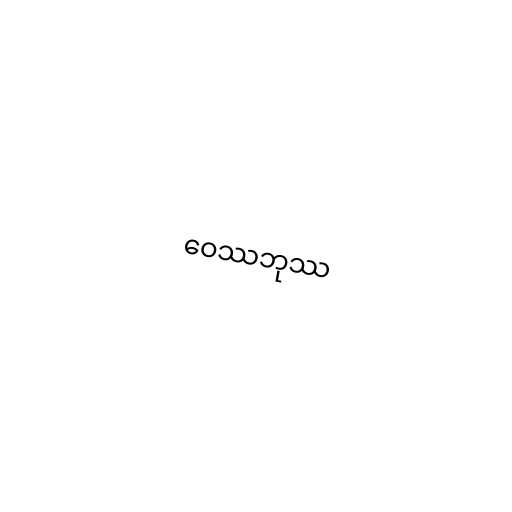
ဝေဿဘုဿ